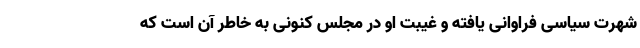
شهرت سیاسی فراوانی یافته و غیبت او در مجلس کنونی به خاطر آن است که